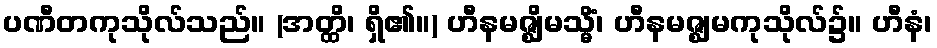
ပဏီတကုသိုလ်သည်။ (အတ္ထိ၊ ရှိ၏။) ဟီနမဇ္ဈိမသ္မိံ၊ ဟီနမဇ္ဈမကုသိုလ်၌။ ဟီနံ၊